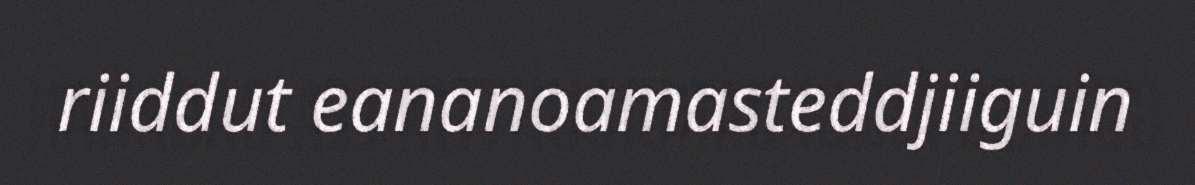
riiddut eananoamasteddjiiguin